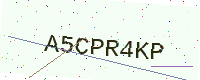
Text: A5CPR4KP